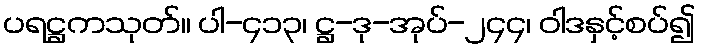
ပရဋ္ဌကသုတ်။ ပါ-၄၁၃၊ ဋ္ဌ-ဒု-အုပ်-၂၄၄၊ ဝါဒနှင့်စပ်၍